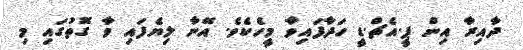
ދާއިރާ އިން ޕީ.އެޗް.ޑީ ހަދާފައިވާ މީހެކެވެ. އޭނާ ލިޔެފައި ވާ ގޮތުގައި މި